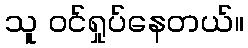
သူ ဝင်ရှုပ်နေတယ်။